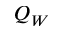
Q _ { W }